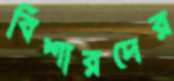
বিশারদের